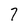
Character: 7